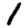
Digit: 1